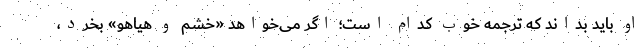
او باید بداند که ترجمه خوب کدام است؛ اگر می‌خواهد «خشم و هیاهو» بخرد،